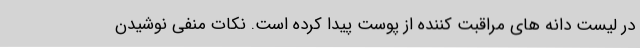
در لیست دانه های مراقبت کننده از پوست پیدا کرده است. نکات منفی نوشیدن